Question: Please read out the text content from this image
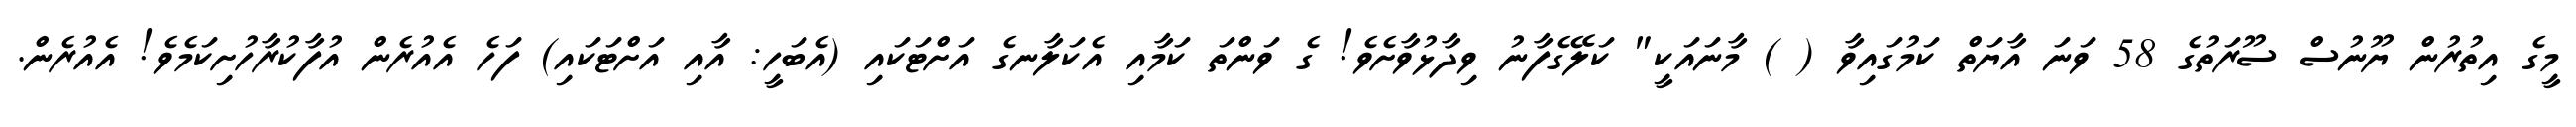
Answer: މީގެ އިތުރުން ޔޫނުސް ސޫރަތުގެ 58 ވަނަ އާޔަތް ކަމުގައިވާ ( ) މާނައަކީ" ކަލޭގެފާނު ވިދާޅުވާށެވެ! ގެ ވަންތަ ކަމާއި އެކަލާނގެ އަށްޓަކައި (އެބަހީ: އާއި އަށްޓަކައި) ފަހެ އެއުރެން އުފާކުރާހުށިކަމެވެ! އެއުރެން.